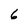
Character: 6